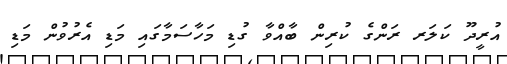
އުރީދޫ ކަލަރ ރަންގެ ކުރިން ބާއްވާ ގުޑި މަހާސަމާގައި މަޑި އެރުވުން މަޑި